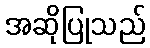
အဆိုပြုသည်